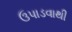
ઉપાડવાથી